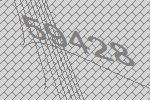
59428